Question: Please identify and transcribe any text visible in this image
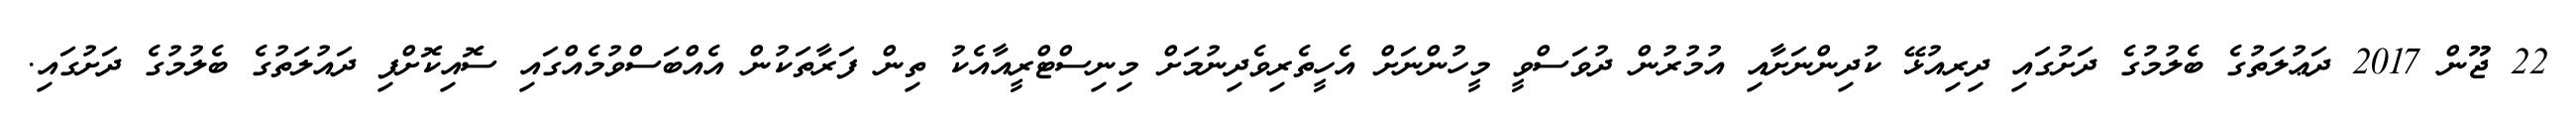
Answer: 22 ޖޫން 2017 ދަޢުލަތުގެ ބެލުމުގެ ދަށުގައި ދިރިއުޅޭ ކުދިންނަށާއި އުމުރުން ދުވަސްވީ މީހުންނަށް އެހީތެރިވެދިނުމަށް މިނިސްޓްރީއާއެކު ތިން ފަރާތަކުން އެއްބަސްވުމެއްގައި ސޮއިކޮށްފި ދައުލަތުގެ ބެލުމުގެ ދަށުގައި.